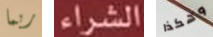
ربما الشراء وهكذا